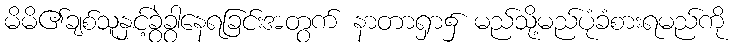
မိမိ၏ချစ်သူနှင့်ခွဲခွာနေရခြင်းအတွက် နာတာရှာ၌ မည်သို့မည်ပုံခံစားရမည်ကို